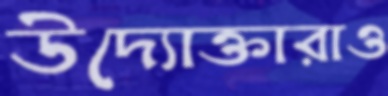
উদ্যোক্তারাও